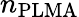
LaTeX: n_{\mathrm{PLMA}}